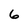
Character: 6